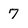
Character: 7